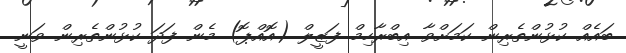
ބައެއް ކުޅުންތެރިން ކަމަށްވާ އިބްރާހިމް ފަޒީލް (އޮއްޕޮ) މެން ފަދަ ކުޅުންތެރިން ވަނީ